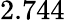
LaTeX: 2.744